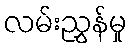
လမ်းညွှန်မှု